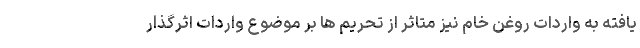
یافته به واردات روغن خام نیز متاثر از تحریم ها بر موضوع واردات اثرگذار